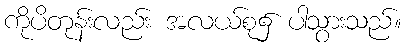
ကိုပိတုန်းလည်း အလယ်စု၌ ပါသွားသည်။